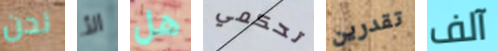
نحن الأ هل تحكمي تقدرين آلف